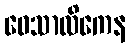
ဝေသာလိကေန